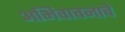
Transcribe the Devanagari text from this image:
अभिवाचनाचे